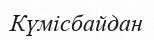
Күмісбайдан